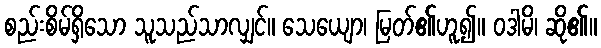
စည်းစိမ်ရှိသော သူသည်သာလျှင်။ သေယျော၊ မြတ်၏ဟူ၍။ ဝဒါမိ၊ ဆို၏။